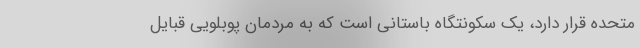
متحده قرار دارد، یک سکونتگاه باستانی است که به مردمان پوبلویی قبایل